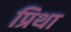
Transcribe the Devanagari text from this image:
प्रिथा